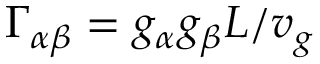
\Gamma _ { \alpha \beta } = g _ { \alpha } g _ { \beta } L / v _ { g }